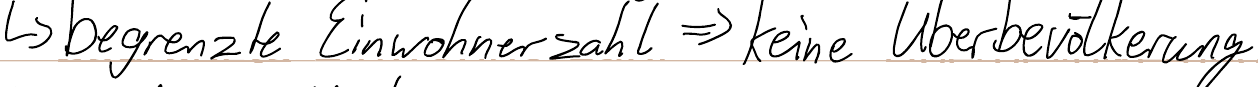
-> begrenzte Einwohnerzahl => keine Überbevölkerung